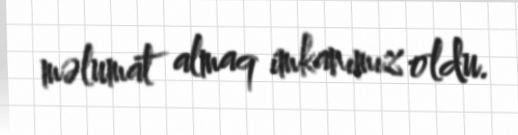
məlumat almaq imkanımız oldu.